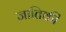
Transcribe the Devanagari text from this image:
जातिकी